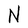
Character: N